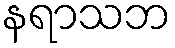
နရာသဘ